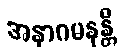
အနာဂမနန္တိ